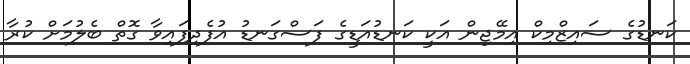
ކަނޑުގެ ސައިޒްމިކް އިމޭޖިން އަކީ ކަނޑުއަޑީގެ ފަސްގަނޑު އުފެދިފައިވާ ގޮތް ބެލުމަށް ކުރާ